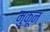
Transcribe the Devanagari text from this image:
मुकून